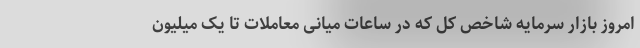
امروز بازار سرمایه شاخص کل که در ساعات میانی معاملات تا یک میلیون